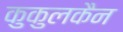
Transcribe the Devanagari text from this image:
कुकुलकैन